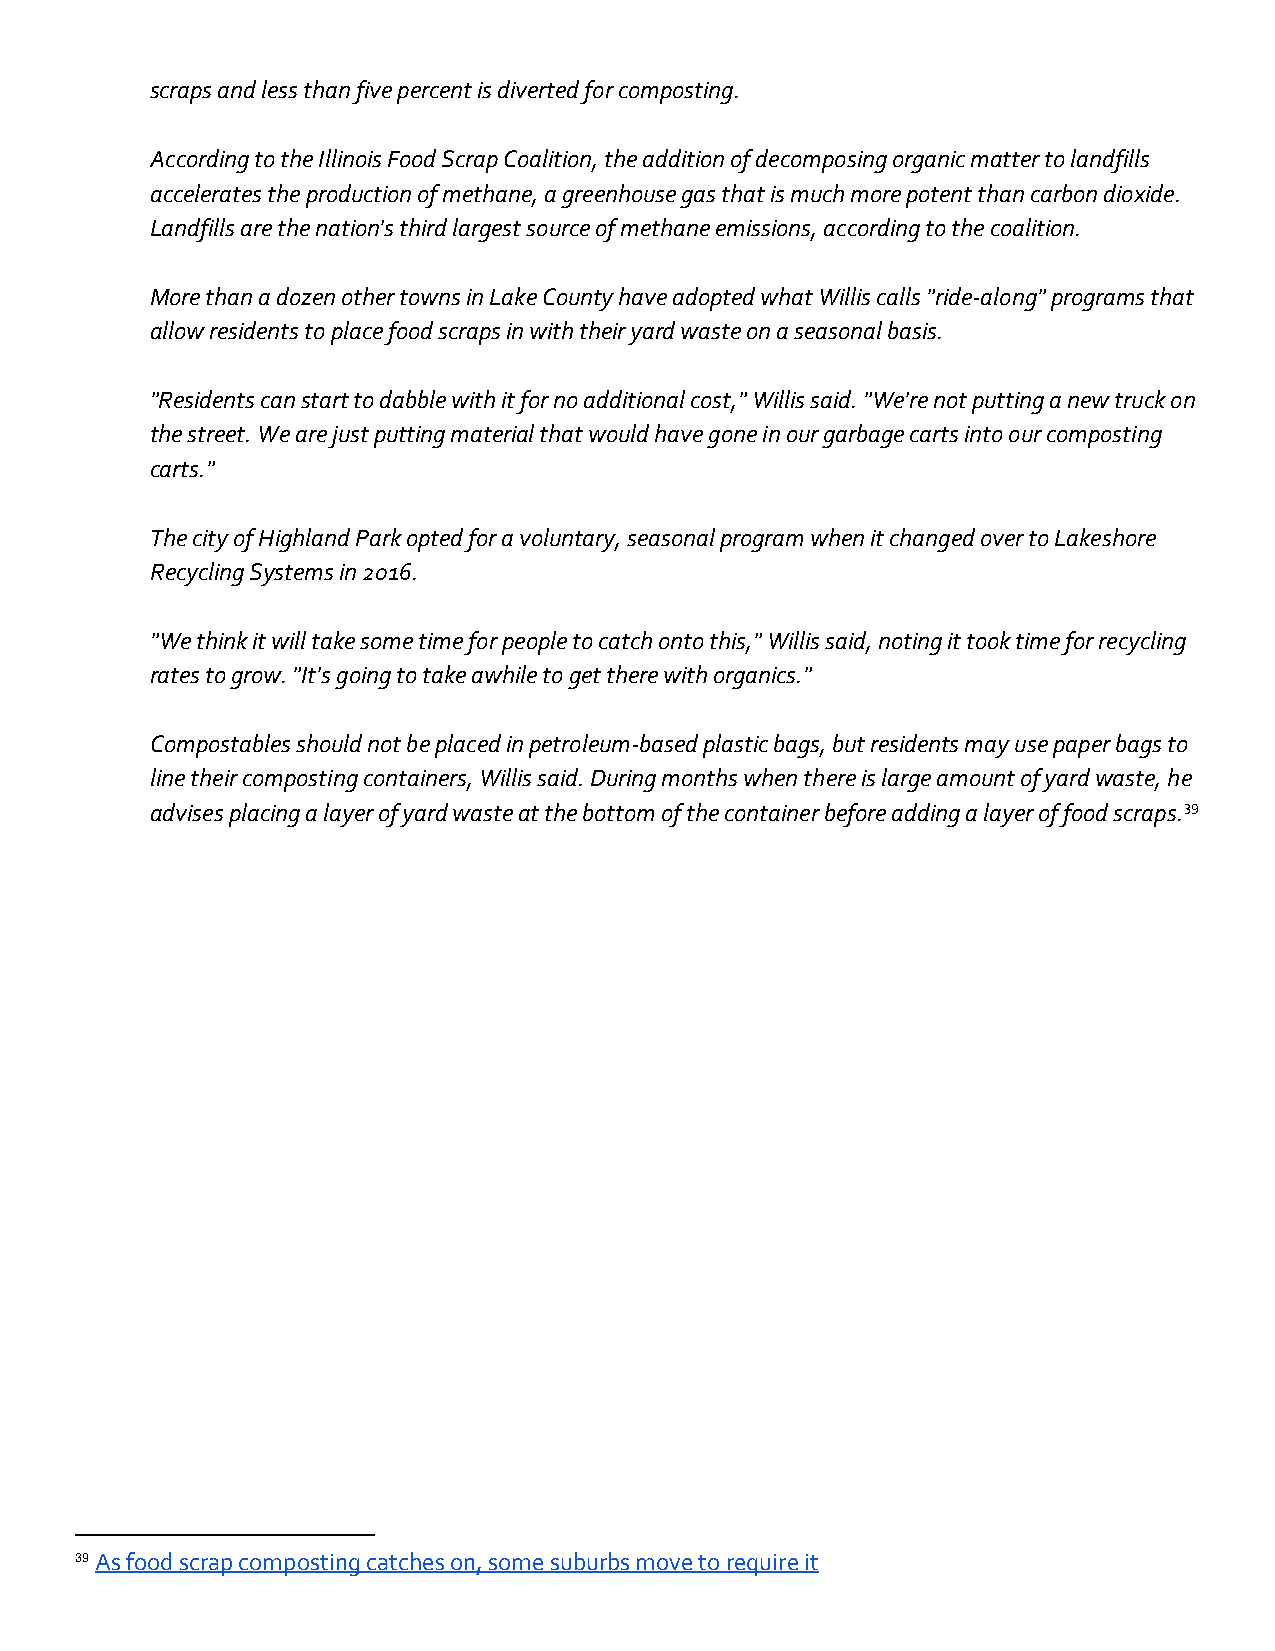
scraps and less than five percent is diverted for composting.
 According to the Illinois Food Scrap Coalition, the addition of decomposing organic matter to landfills
 accelerates the production of methane, a greenhouse gas that is much more potent than carbon dioxide.
 Landfills are the nation's third largest source of methane emissions, according to the coalition.
 More than a dozen other towns in Lake County have adopted what Willis calls "ride-along" programs that
 allow residents to place food scraps in with their yard waste on a seasonal basis.
 "Residents can start to dabble with it for no additional cost," Willis said. "We're not putting a new truck on
 the street. We are just putting material that would have gone in our garbage carts into our composting
 carts."
 The city of Highland Park opted for a voluntary, seasonal program when it changed over to Lakeshore
 Recycling Systems in 2016.
 "We think it will take some time for people to catch onto this," Willis said, noting it took time for recycling
 rates to grow. "It's going to take awhile to get there with organics."
 Compostables should not be placed in petroleum-based plastic bags, but residents may use paper bags to
 line their composting containers, Willis said. During months when there is large amount of yard waste, he
 advises placing a layer of yard waste at the bottom of the container before adding a layer of food scraps.39
 39 As food scrap composting catches on, some suburbs move to require it
 ​